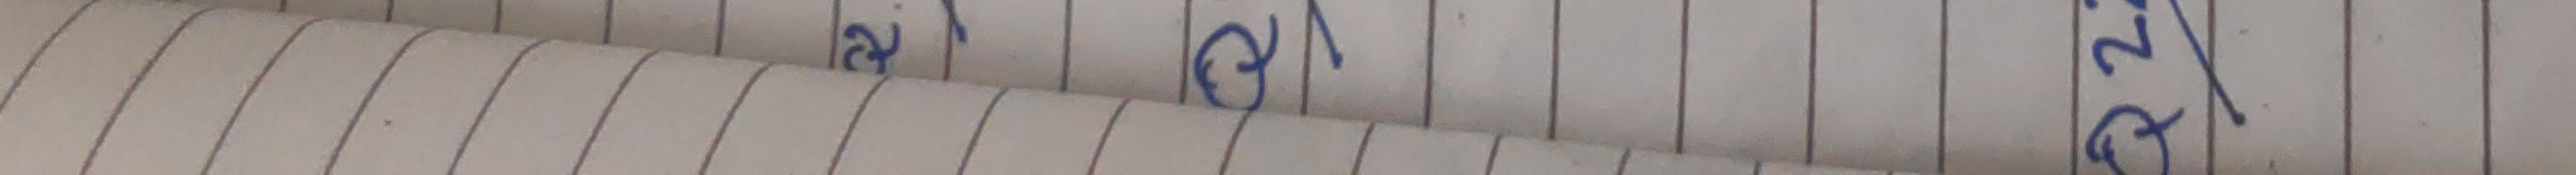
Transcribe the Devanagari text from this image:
१ २ ३ ४